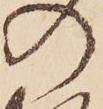
の